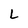
Character: L